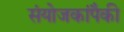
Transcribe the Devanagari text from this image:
संयोजकांपैकी